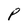
Character: P